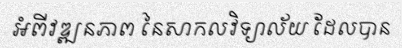
អំពីវឌ្ឍនភាព នៃសាកលវិទ្យាល័យ ដែលបាន